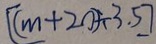
[ ( m + 2 0 ) \div 3 . 5 ]